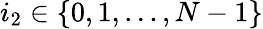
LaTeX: i_{2}\in\{ 0,1,\ldots,N-1\}